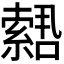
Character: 𫧫